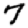
Digit: 7